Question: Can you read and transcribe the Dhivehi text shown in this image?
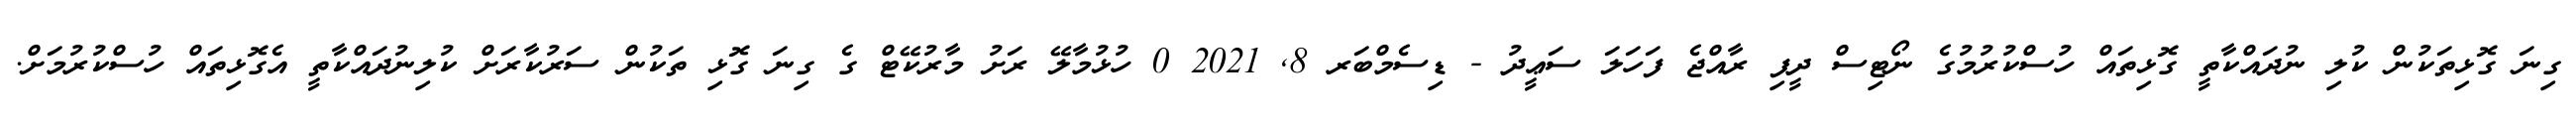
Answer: ގިނަ ގޮޅިތަކުން ކުލި ނުދައްކާތީ ގޮޅިތައް ހުސްކުރުމުގެ ނޯޓިސް ދީފި ރާއްޖެ ފަހަލަ ސަޢީދު - ޑިސެމްބަރ 8, 2021 0 ހުޅުމާލޭ ރަށު މާރުކޭޓް ގެ ގިނަ ގޮޅި ތަކުން ސަރުކާރަށް ކުލިނުދައްކާތީ އެގޮޅިތައް ހުސްކުރުމަށް.